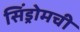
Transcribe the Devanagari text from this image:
सिंड्रोमची